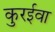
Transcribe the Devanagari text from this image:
कुरईवा